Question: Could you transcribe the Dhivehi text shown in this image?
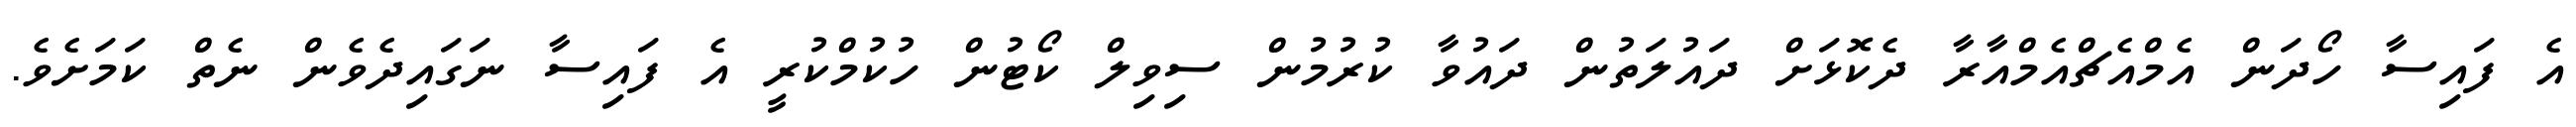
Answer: އެ ފައިސާ ހޯދަން އެމްއެޗްއެމްއާރާ ދެކޮޅަށް ދައުލަތުން ދައުވާ ކުރުމުން ސިވިލް ކޯޓުން ހުކުމްކުރީ އެ ފައިސާ ނަގައިދެވެން ނެތް ކަމަށެވެ.